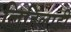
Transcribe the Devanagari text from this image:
लिहिलाही